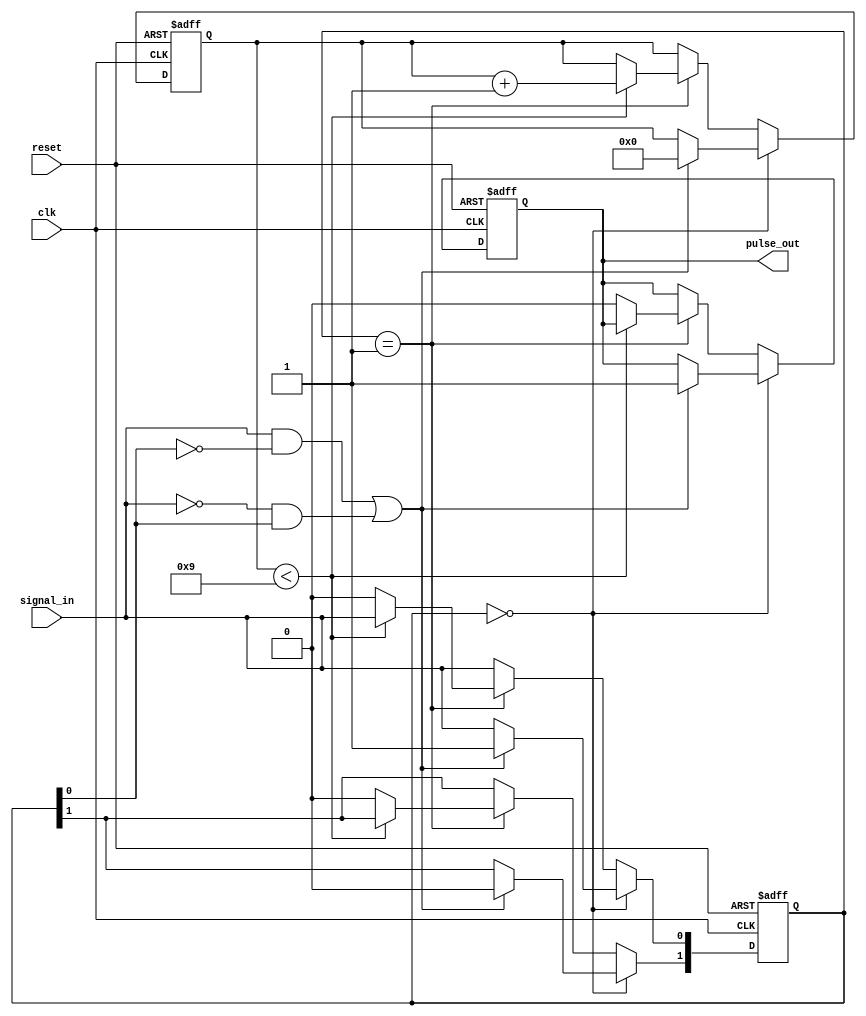
module MonostableEdgeDetector #(
    parameter pulse_width = 10 // pulse width in clock cycles
) (
    input wire clk,
    input wire reset,
    input wire signal_in,
    output reg pulse_out
);

    reg [1:0] state; // 2-bit state to store current and previous state
    reg [3:0] counter; // Counter for pulse duration (adjust size as needed)

    // State encoding
    localparam IDLE = 2'b00;
    localparam PULSE = 2'b01;

    // Edge detection logic
    wire rising_edge = (signal_in && !state[0]);
    wire falling_edge = (!signal_in && state[0]);

    // Store previous state of signal_in
    always @(posedge clk or posedge reset) begin
        if (reset) begin
            state <= 2'b00; // Reset state
            pulse_out <= 0; // Reset output
            counter <= 0; // Reset counter
        end else begin
            state[0] <= signal_in; // Store current input state
            // Output control logic
            if (state == IDLE) begin
                if (rising_edge || falling_edge) begin
                    pulse_out <= 1; // Generate pulse
                    counter <= 0; // Start pulse counter
                    state <= PULSE; // Move to pulse state
                end
            end else if (state == PULSE) begin
                if (counter < pulse_width - 1) begin
                    counter <= counter + 1; // Increment counter
                end else begin
                    pulse_out <= 0; // End pulse
                    state <= IDLE; // Return to idle state
                end
            end
        end
    end

endmodule